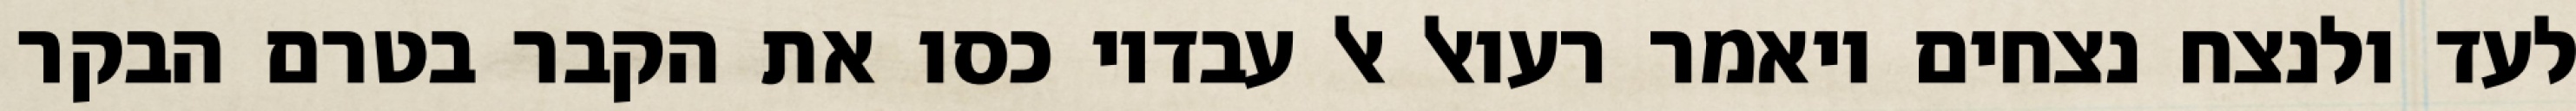
לעד ולנצח נצחים ויאמר רעואל אל עבדיו כסו את הקבר בטרם הבקר